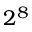
2 ^ { 8 }